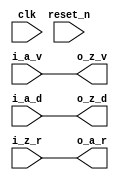
//------------------------------------------------------------------------------
//  http://github.com/gulakim/cory
//  
//------------------------------------------------------------------------------
`ifndef CORY_WIRE
    `define CORY_WIRE

//------------------------------------------------------------------------------
//  just wire
//------------------------------------------------------------------------------
module cory_wire # (
    parameter   N   = 8
) (
    input           clk,

    input           i_a_v,
    input   [N-1:0] i_a_d,
    output          o_a_r,

    output          o_z_v,
    output  [N-1:0] o_z_d,
    input           i_z_r,

    input           reset_n

);

//------------------------------------------------------------------------------

assign  o_z_v   = i_a_v;
assign  o_z_d   = i_a_d;
assign  o_a_r   = i_z_r;

endmodule


`endif